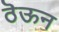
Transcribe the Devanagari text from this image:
ठॆऊन